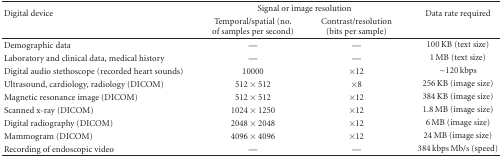
<table><thead><tr><td rowspan="2"><b>Digital device</b></td><td colspan="2"><b>Signal or image resolution</b></td><td rowspan="2"><b>Data rate required</b></td></tr><tr><td><b>Temporal/spatial (no. of samples per second)</b></td><td><b>Contrast/resolution (bits per sample)</b></td></tr></thead><tbody><tr><td>Demographic data</td><td>—</td><td>—</td><td>100 KB (text size)</td></tr><tr><td>Laboratory and clinical data, medical history</td><td>—</td><td>—</td><td>1 MB (text size)</td></tr><tr><td>Digital audio stethoscope (recorded heart sounds)</td><td>10000</td><td>×12</td><td>∼120 kbps</td></tr><tr><td>Ultrasound, cardiology, radiology (DICOM)</td><td>512 × 512</td><td>×8</td><td>256 KB (image size)</td></tr><tr><td>Magnetic resonance image (DICOM)</td><td>512 × 512</td><td>×12</td><td>384 KB (image size)</td></tr><tr><td>Scanned x-ray (DICOM)</td><td>1024 × 1250</td><td>×12</td><td>1.8 MB (image size)</td></tr><tr><td>Digital radiography (DICOM)</td><td>2048 × 2048</td><td>×12</td><td>6 MB (image size)</td></tr><tr><td>Mammogram (DICOM)</td><td>4096 × 4096</td><td>×12</td><td>24 MB (image size)</td></tr><tr><td>Recording of endoscopic video</td><td>—</td><td>—</td><td>384 kbps Mb/s (speed)</td></tr></tbody></table>